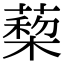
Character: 蔾